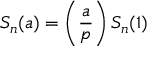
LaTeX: S _ { n } ( a ) = \left( { \frac { a } { p } } \right) S _ { n } ( 1 )